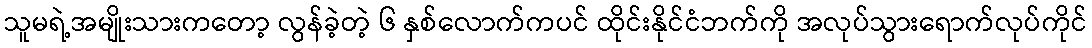
သူမရဲ့အမျိုးသားကတော့ လွန်ခဲ့တဲ့ ၆ နှစ်လောက်ကပင် ထိုင်းနိုင်ငံဘက်ကို အလုပ်သွားရောက်လုပ်ကိုင်